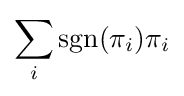
\sum _{i}\operatorname {sgn}(\pi _{i})\pi _{i}